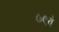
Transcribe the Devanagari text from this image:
७९वे